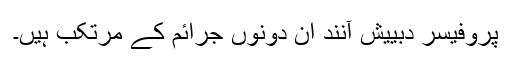
پروفیسر دبییش آنند اِن دونوں جرائم کے مرتکب ہیں۔